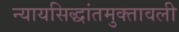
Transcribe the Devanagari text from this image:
न्यायसिद्धांतमुक्तावली